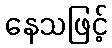
နေသဖြင့်